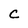
Character: C